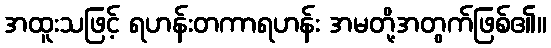
အထူးသဖြင့် ရဟန်းတကာရဟန်း အမတို့အတွက်ဖြစ်၏။